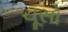
ચૂસો